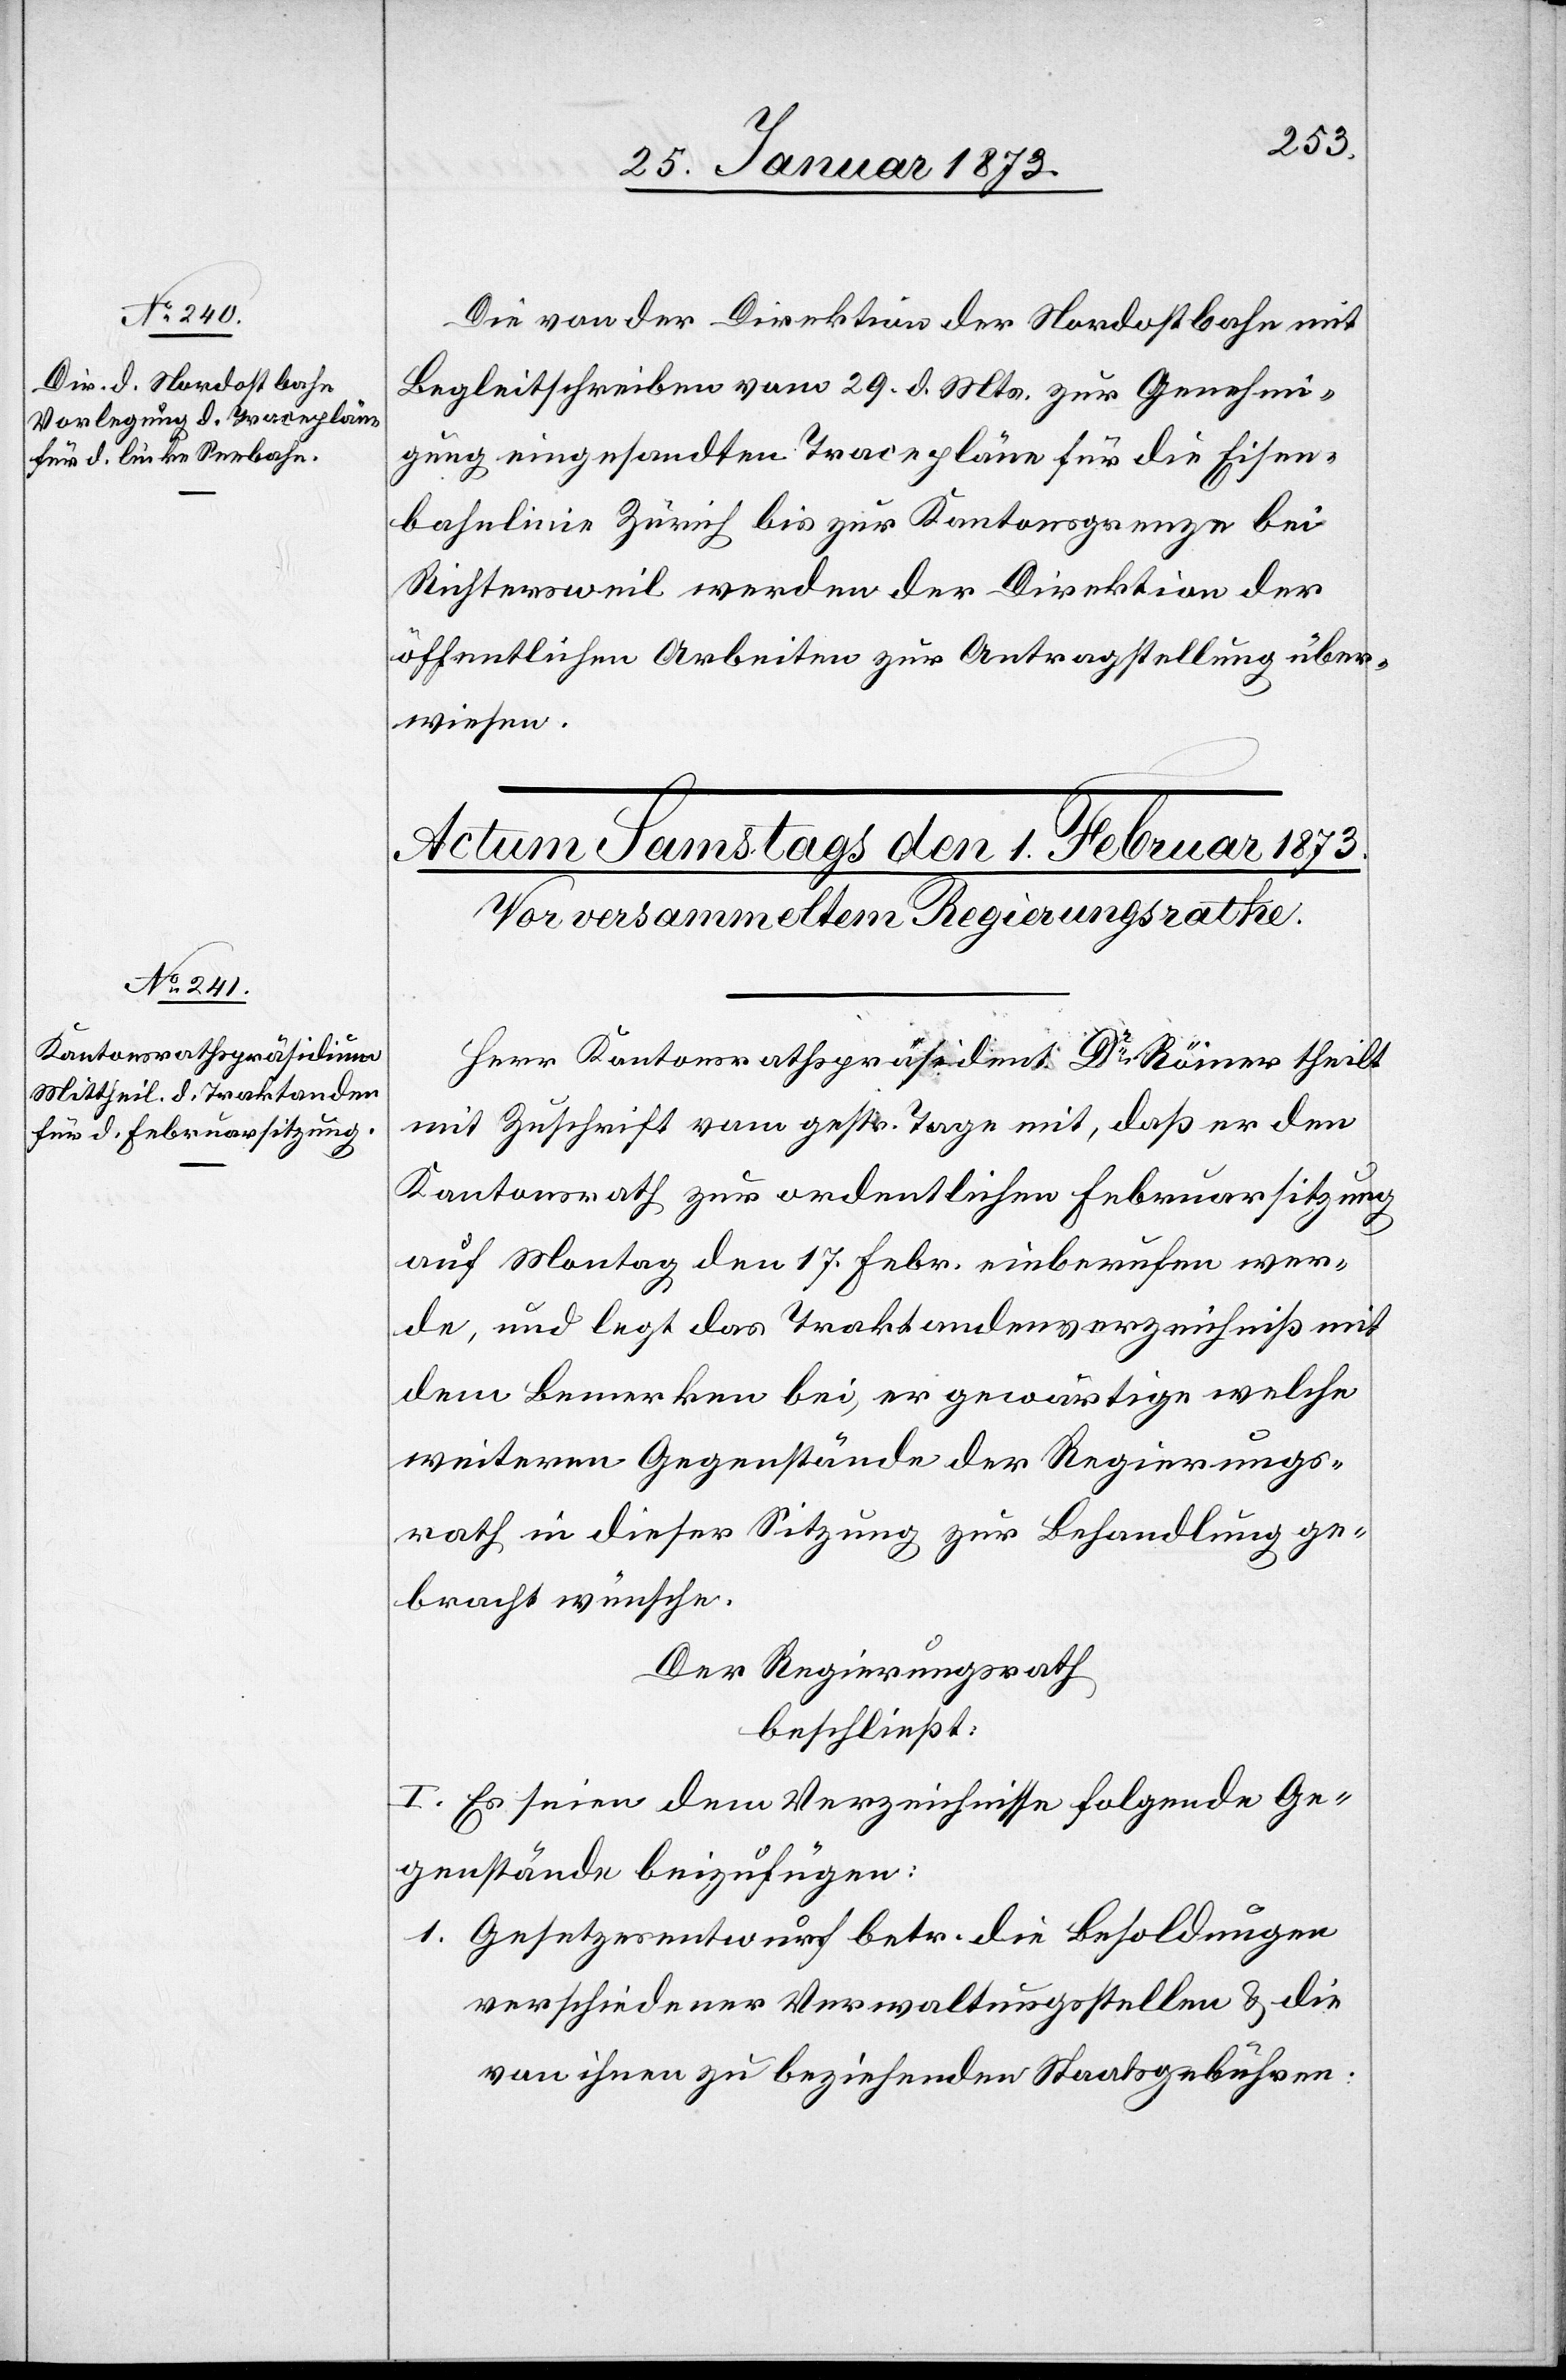
31. Januar 1873.]
Die von der Direktion der Nordostbahn mit
Begleitschreiben vom 29. d. Mts. zur Genehmi¬
gung eingesandten Tracepläne für die Eisen¬
bahnlinie Zürich bis zur Kantonsgrenze bei
Richtersweil werden der Direktion der
öffentlichen Arbeiten zur Antragstellung über¬
wiesen.
Herr Kantonsrathspräsident Dr. Römer theilt
mit Zuschrift vom gestr. Tage mit, daß er den
Kantonsrath zur ordentlichen Februarsitzung
auf Montag den 17. Febr. einberufen wer¬
de, und legt das Traktandenverzeichniß mit
dem Bemerken bei, er gewärtige welche
weiteren Gegenstände der Regierungs¬
rath in dieser Sitzung zur Behandlung ge¬
bracht wünsche.
Der Regierungsrath
beschließt:
I. Es seien dem Verzeichnisse folgende Ge¬
genstände beizufügen:
1. Gesetzesentwurf betr. die Besoldungen
verschiedener Verwaltungsstellen u. die
von ihnen zu beziehenden Staatsgebühren,